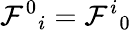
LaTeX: \mathcal{F}^{0}{}_{i}=\mathcal{F}^{i}{}_{0}